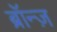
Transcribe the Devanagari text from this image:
ब्रॉन्ज़